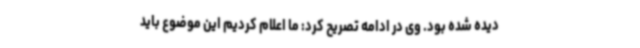
دیده شده بود. وی در ادامه تصریح کرد: ما اعلام کردیم این موضوع باید